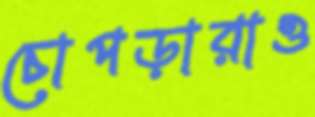
চোপড়ারাও